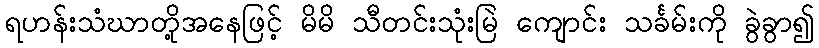
ရဟန်းသံဃာတို့အနေဖြင့် မိမိ သီတင်းသုံးမြဲ ကျောင်း သင်္ခမ်းကို ခွဲခွာ၍